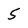
Character: 5